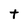
Character: t